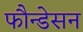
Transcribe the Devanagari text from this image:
फौन्डेसन